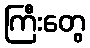
ကြီးတွေ